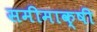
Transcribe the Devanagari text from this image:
समीमाक्षी